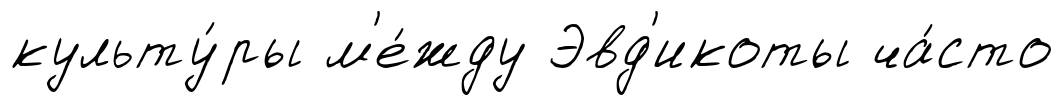
культу́ры м'е́жду Эвд'икоты ча́сто